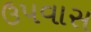
ઉપવાસ